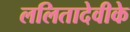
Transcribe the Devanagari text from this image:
ललितादेवीके